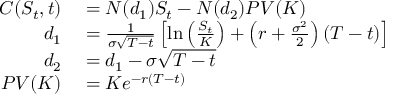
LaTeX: \begin{array} { r l } { C ( S _ { t } , t ) } & { { } = N ( d _ { 1 } ) S _ { t } - N ( d _ { 2 } ) P V ( K ) } \\ { d _ { 1 } } & { { } = { \frac { 1 } { \sigma { \sqrt { T - t } } } } \left[ \ln \left( { \frac { S _ { t } } { K } } \right) + \left( r + { \frac { \sigma ^ { 2 } } { 2 } } \right) ( T - t ) \right] } \\ { d _ { 2 } } & { { } = d _ { 1 } - \sigma { \sqrt { T - t } } } \\ { P V ( K ) } & { { } = K e ^ { - r ( T - t ) } } \end{array}